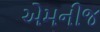
એમનીજ